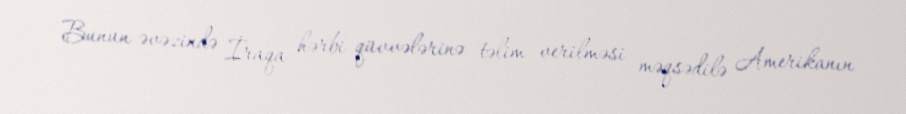
Bunun əvəzində İraqa hərbi qüvvələrinə təlim verilməsi məqsədilə Amerikanın